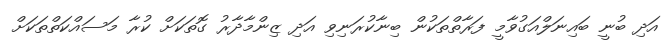
އަދި ބުނީ ބައިނަލްއަގުވާމީ ފަރާތްތަކުން ބިނާކުރަނިވި އަދި ޒިންމާދާރު ގޮތަކަށް ކުރާ މަސައްކަތްތަކަށް